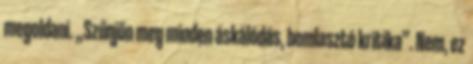
megoldani. „Szűnjön meg minden áskálódás, bomlasztó kritika”. Nem, ez